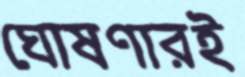
ঘোষণারই